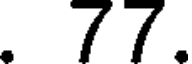
. 77.